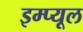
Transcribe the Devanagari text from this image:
इम्प्यूल